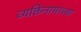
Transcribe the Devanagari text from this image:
व्यक्तिनामाच्या